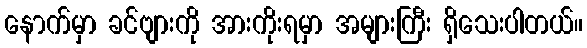
နောက်မှာ ခင်ဗျားကို အားကိုးရမှာ အများကြီး ရှိသေးပါတယ်။